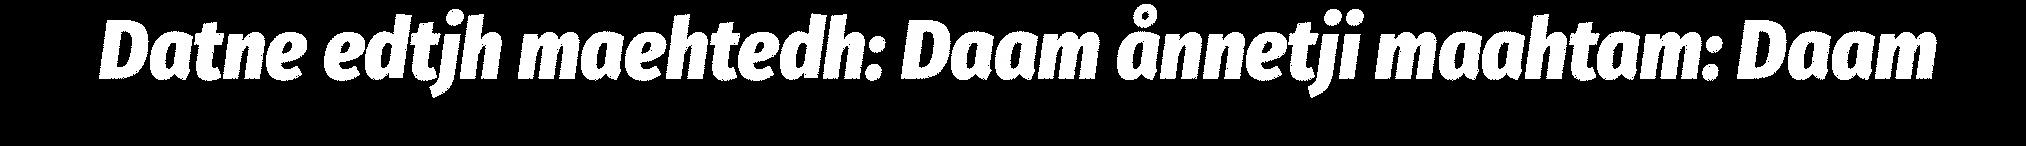
Datne edtjh maehtedh: Daam ånnetji maahtam: Daam